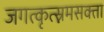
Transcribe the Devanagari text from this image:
जगत्कृत्स्नमसक्ता